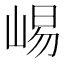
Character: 𫶁